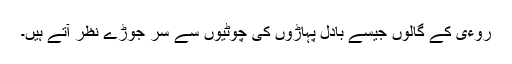
روءی کے گالوں جیسے بادل پہاڑوں کی چوٹیوں سے سر جوڑے نظر آتے ہیں۔